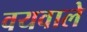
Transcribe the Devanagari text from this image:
वयवाले